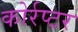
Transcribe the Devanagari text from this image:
कोर्रप्टर